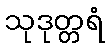
သုဒုတ္တရံ